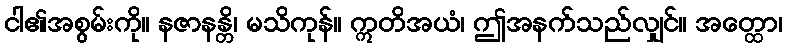
ငါ၏အစွမ်းကို။ နဇာနန္တိ၊ မသိကုန်။ ဣတိအယံ၊ ဤအနက်သည်လျှင်။ အတ္ထော၊